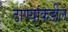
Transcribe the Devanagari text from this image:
ठाण्यांकडील